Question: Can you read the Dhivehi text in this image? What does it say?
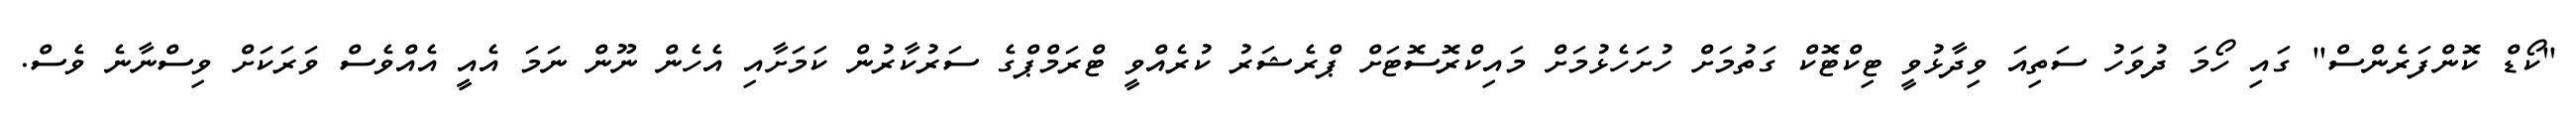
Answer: "ކޯޑް ކޮންފަރެންސް" ގައި ހޯމަ ދުވަހު ސަތިއަ ވިދާޅުވީ ޓިކްޓޮކް ގަތުމަށް ހުށަހެޅުމަށް މައިކްރޮސޮޓަށް ޕްރެޝަރު ކުރެއްވީ ޓްރަމްޕްގެ ސަރުކާރުން ކަމަށާއި އެހެން ނޫން ނަމަ އެއީ އެއްވެސް ވަރަކަށް ވިސްނާނެ ވެސް.